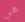
هي